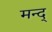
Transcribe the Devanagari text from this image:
मन्द्